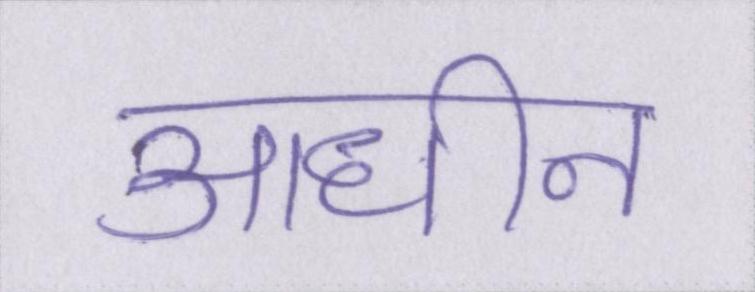
आधीन